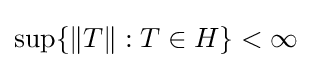
\sup\{\|T\|:T\in H\}<\infty